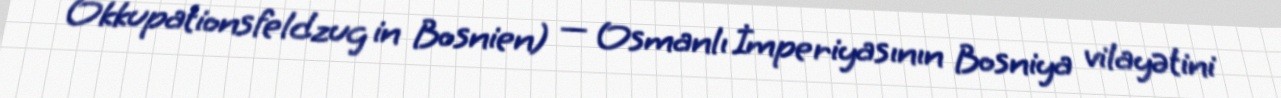
Okkupationsfeldzug in Bosnien) — Osmanlı İmperiyasının Bosniya vilayətini